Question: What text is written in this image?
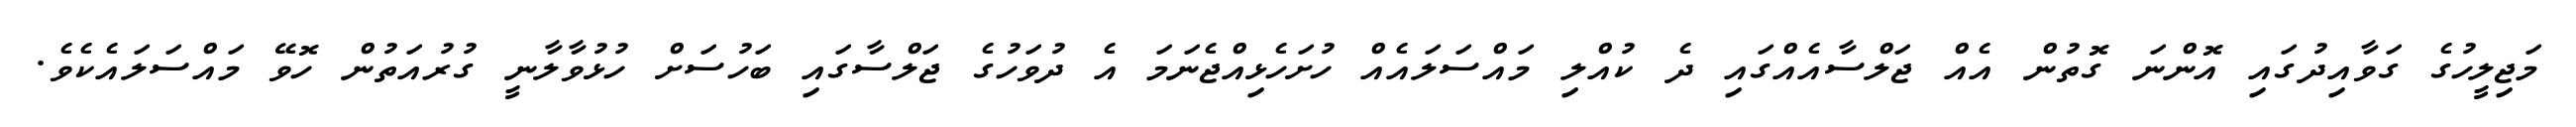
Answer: މަޖިލީހުގެ ގަވާއިދުގައި އޮންނަ ގޮތުން އެއް ޖަލްސާއެއްގައި ދެ ކުއްލި މައްސަލައެއް ހުށަހެޅިއްޖެނަމަ އެ ދުވަހުގެ ޖަލްސާގައި ބަހުސަށް ހުޅުވާލާނީ ގުރުއަތުން ހޮވޭ މައްސަލައެކެވެ.